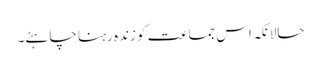
حالانکہ اس جماعت کو زندہ رہنا چاہئے۔